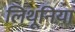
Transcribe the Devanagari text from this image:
लिथूनिया